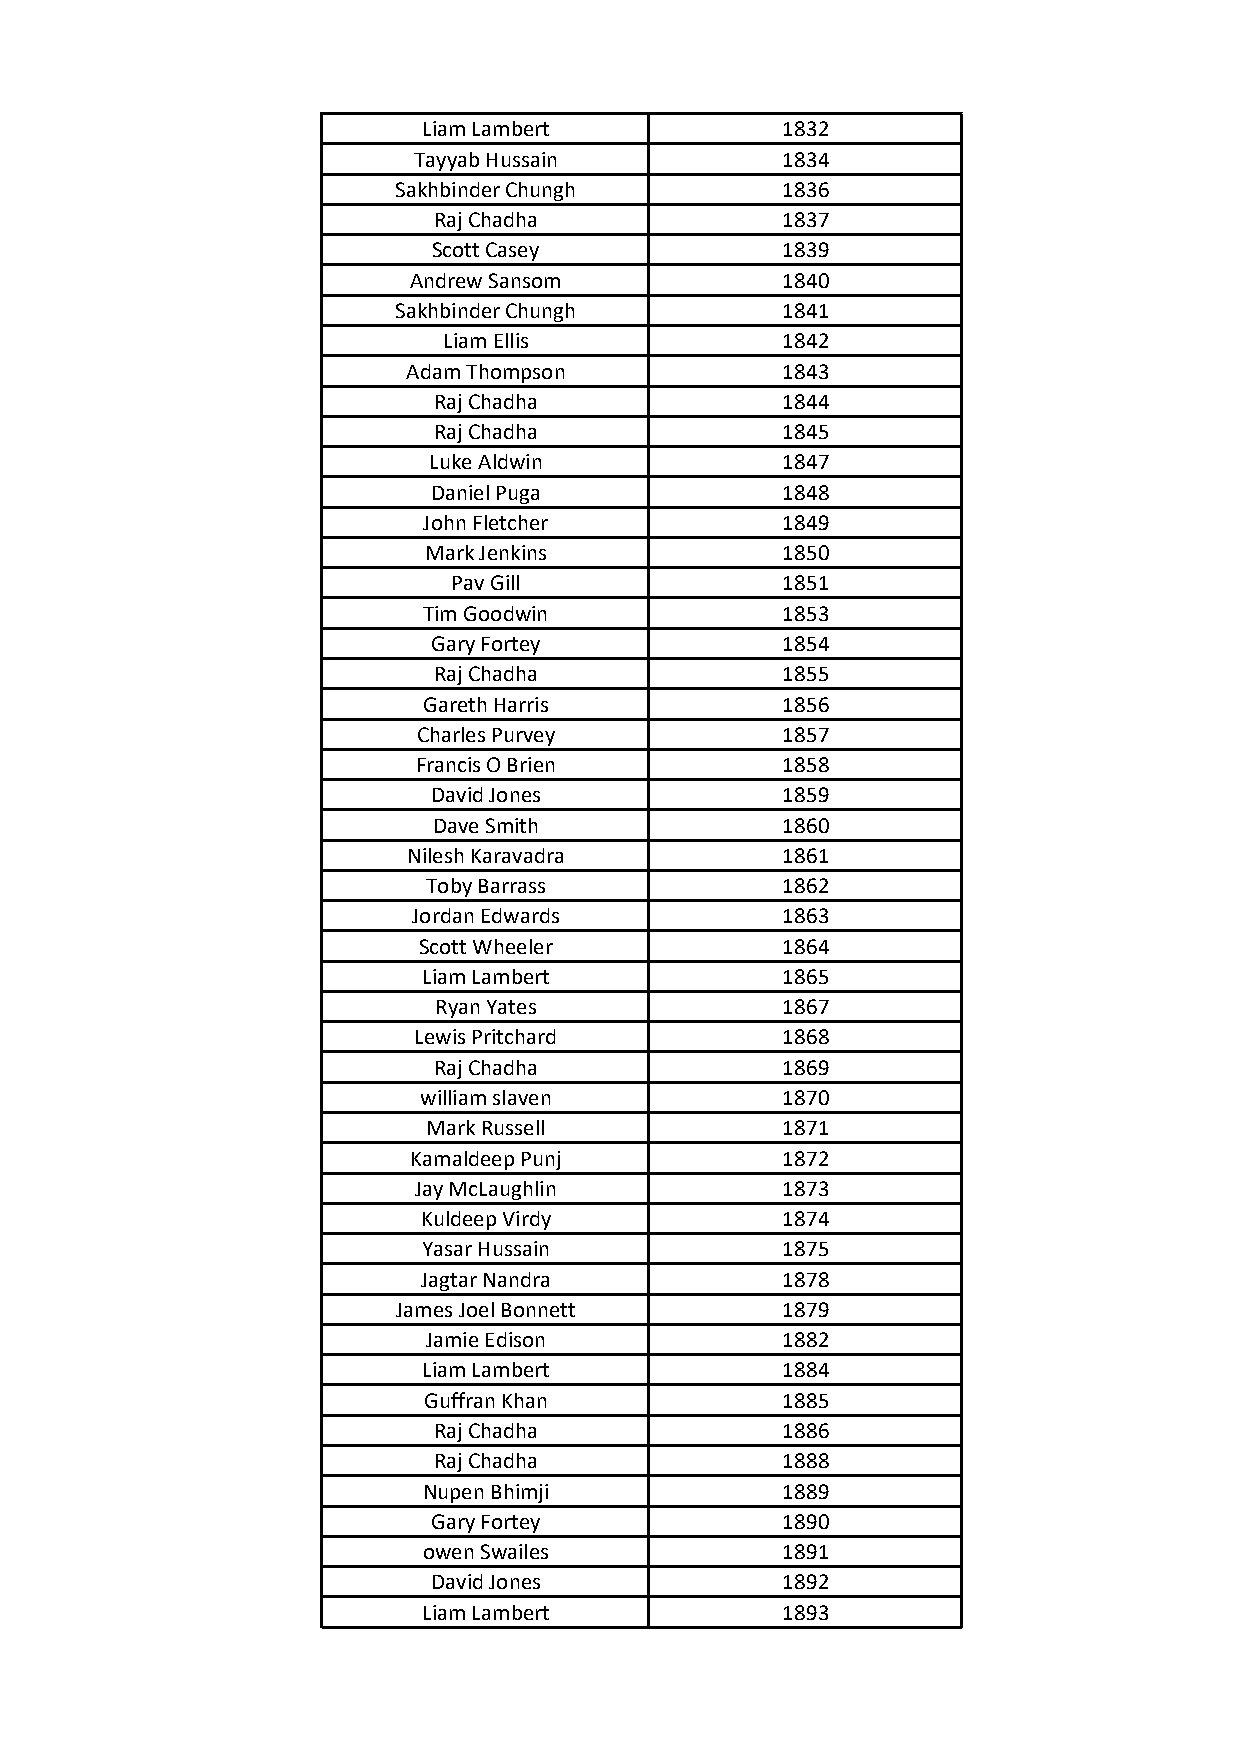
Liam Lambert            1832
 Tayyab Hussain           1834
 Sakhbinder Chungh         1836
 Raj Chadha             1837
 Scott Casey            1839
 Andrew Sansom            1840
 Sakhbinder Chungh         1841
 Liam Ellis             1842
 Adam Thompson            1843
 Raj Chadha             1844
 Raj Chadha             1845
 Luke Aldwin             1847
 Daniel Puga            1848
 John Fletcher           1849
 Mark Jenkins            1850
 Pav Gill              1851
 Tim Goodwin             1853
 Gary Fortey            1854
 Raj Chadha             1855
 Gareth Harris           1856
 Charles Purvey          1857
 Francis O Brien          1858
 David Jones            1859
 Dave Smith             1860
 Nilesh Karavadra         1861
 Toby Barrass            1862
 Jordan Edwards           1863
 Scott Wheeler           1864
 Liam Lambert            1865
 Ryan Yates             1867
 Lewis Pritchard          1868
 Raj Chadha             1869
 william slaven          1870
 Mark Russell            1871
 Kamaldeep Punj           1872
 Jay McLaughlin           1873
 Kuldeep Virdy           1874
 Yasar Hussain           1875
 Jagtar Nandra           1878
 James Joel Bonnett        1879
 Jamie Edison            1882
 Liam Lambert            1884
 Guffran Khan            1885
 Raj Chadha             1886
 Raj Chadha             1888
 Nupen Bhimji            1889
 Gary Fortey            1890
 owen Swailes            1891
 David Jones            1892
 Liam Lambert            1893